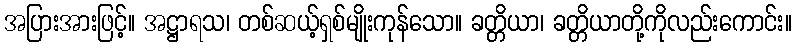
အပြားအားဖြင့်။ အဋ္ဌာရသ၊ တစ်ဆယ့်ရှစ်မျိုးကုန်သော။ ခတ္တိယာ၊ ခတ္တိယာတို့ကိုလည်းကောင်း။